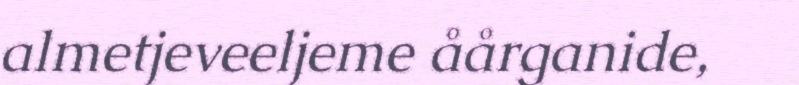
almetjeveeljeme åårganide,